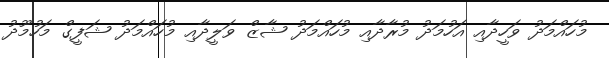
މުހައްމަދު ވަހީދާއި އަހުމަދު މުރާދާއި މުހައްމަދު ޝާޒް ވަލީދާއި މުހައްމަދު ޝަފީގް މަހުމޫދު